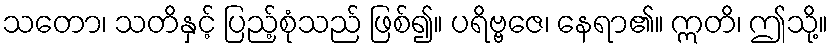
သတော၊ သတိနှင့် ပြည့်စုံသည် ဖြစ်၍။ ပရိဗ္ဗဇေ၊ နေရာ၏။ ဣတိ၊ ဤသို့။